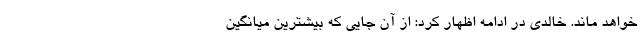
خواهد ماند. خالدی در ادامه اظهار کرد: از آن جایی که بیشترین میانگین